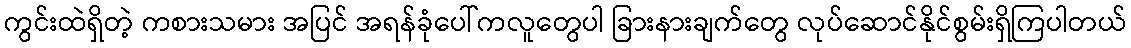
ကွင်းထဲရှိတဲ့ ကစားသမား အပြင် အရန်ခုံပေါ်ကလူတွေပါ ခြားနားချက်တွေ လုပ်ဆောင်နိုင်စွမ်းရှိကြပါတယ်